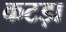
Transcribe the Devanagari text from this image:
कटड़ा